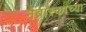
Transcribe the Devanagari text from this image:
नेब्रास्काच्या